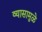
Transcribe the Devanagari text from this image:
व्यासामुळे